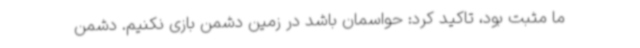
ما مثبت بود، تاکید کرد: حواسمان باشد در زمین دشمن بازی نکنیم. دشمن